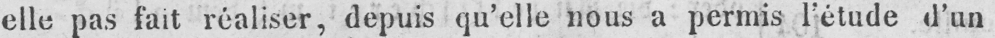
elle pas fait réaliser, depuis qu’elle nous a permis l’étude d’un